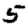
Digit: 5